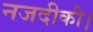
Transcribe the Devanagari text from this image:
नजदीकी।